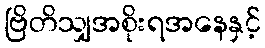
ဗြိတိသျှအစိုးရအနေနှင့်